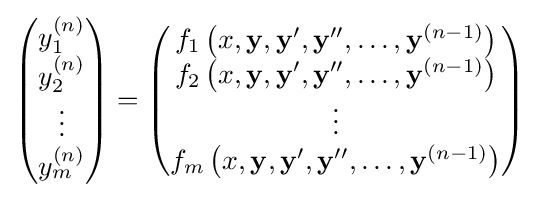
{\begin{pmatrix}y_{1}^{(n)}\\y_{2}^{(n)}\\\vdots \\y_{m}^{(n)}\end{pmatrix}}={\begin{pmatrix}f_{1}\left(x,\mathbf {y} ,\mathbf {y} ',\mathbf {y} '',\ldots ,\mathbf {y} ^{(n-1)}\right)\\f_{2}\left(x,\mathbf {y} ,\mathbf {y} ',\mathbf {y} '',\ldots ,\mathbf {y} ^{(n-1)}\right)\\\vdots \\f_{m}\left(x,\mathbf {y} ,\mathbf {y} ',\mathbf {y} '',\ldots ,\mathbf {y} ^{(n-1)}\right)\end{pmatrix}}